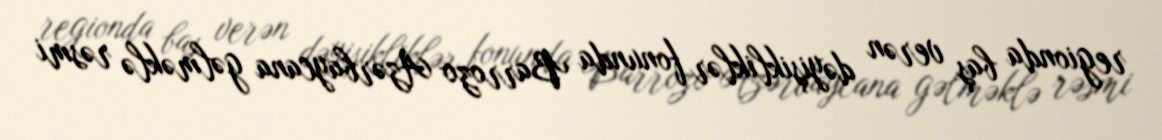
regionda baş verən dəyişikliklər fonunda Barrozo Azərbaycana gəlməklə rəsmi